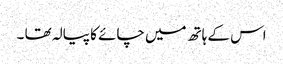
اس کے ہاتھ میں چائے کا پیالہ تھا ۔